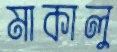
মাকালু